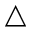
\triangle